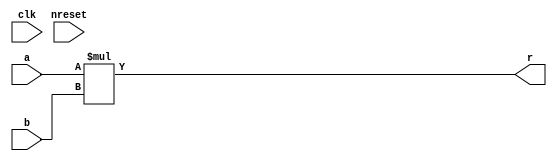
/* ********************************************************************************* */
/*                      multiplier place holder                                      */
/*                                                                                   */
/*  Author:  Chuck Cox (chuck100@home.com)                                           */
/*                                                                                   */
/*                                                                                   */
/*                                                                                   */
/* ********************************************************************************* */


module multa
	(
	clk,			/* clock */
	nreset,			/* active low reset */
	a,			/* data input */
	b,			/* input data valid */
	r			/* filter pole coefficient */
	);


parameter	DATAWIDTH = 8;
parameter	COEFWIDTH = 8;

input 					clk;
input 					nreset;
input	[COEFWIDTH-2:0]			a;
input	[DATAWIDTH+2:0]			b;
output	[DATAWIDTH + COEFWIDTH + 1:0]	r;


assign r = a*b;


endmodule